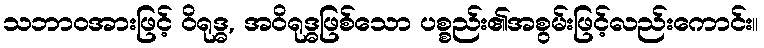
သဘာဝအားဖြင့် ဝိရုဒ္ဓ, အဝိရုဒ္ဓဖြစ်သော ပစ္စည်း၏အစွမ်းဖြင့်လည်းကောင်း။